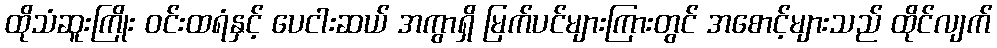
ထိုသံဆူးကြိုး ဝင်းထရံနှင့် ပေငါးဆယ် အကွာရှိ မြက်ပင်များကြားတွင် အစောင့်များသည် ထိုင်လျက်